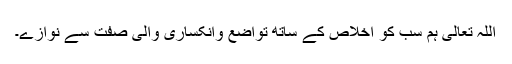
اللہ تعالیٰ ہم سب کو اخلاص کے ساتھ تواضع وانکساری والی صفت سے نوازے۔